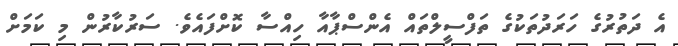
އެ ދަތުރުގެ ހަރަދުތަކުގެ ތަފްސީލްތައް އެންސްޕާއާ ހިއްސާ ކޮށްފައެވެ. ސަރުކާރުން މި ކަމަށް